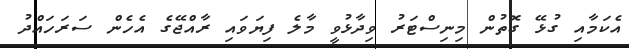
އެކަމާއި ގުޅޭ ގޮތުން މިނިސްޓަރު ވިދާޅުވީ މާލެ ފިޔަވައި ރާއްޖޭގެ އެހެން ސަރަހައްދު